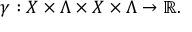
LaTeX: \gamma : X \times \Lambda \times X \times \Lambda \to \mathbb { R } .